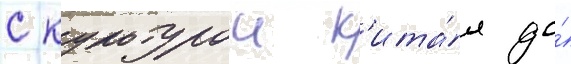
с культурои к'ита́я до́